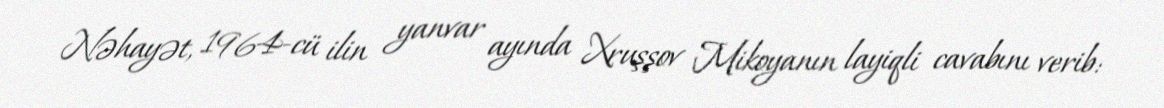
Nəhayət, 1964-cü ilin yanvar ayında Xruşşov Mikoyanın layiqli cavabını verib: